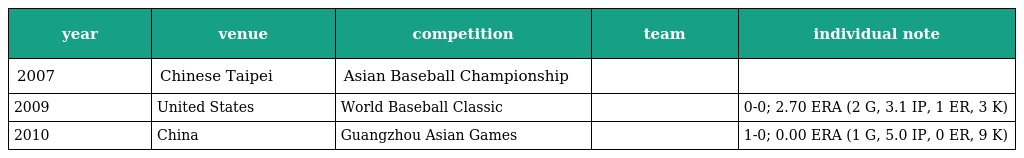
| year | venue | competition | team | individual note |
 | --- | --- | --- | --- | --- |
 | 2007 | Chinese Taipei | Asian Baseball Championship |  |  |
 | 2009 | United States | World Baseball Classic |  | 0-0; 2.70 ERA (2 G, 3.1 IP, 1 ER, 3 K) |
 | 2010 | China | Guangzhou Asian Games |  | 1-0; 0.00 ERA (1 G, 5.0 IP, 0 ER, 9 K) |